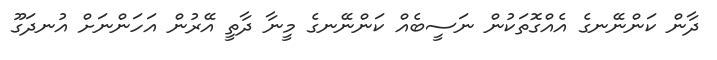
ދާން ކަންނޭނގެ އެއްގޮތަކުން ނަސީބެއް ކަންނޭނގެ މީނާ ދާތީ އޭރުން އަހަންނަށް އުނދަގޫ